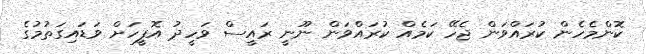
ކޮންމެހެން ކުރައްވަން ޖެހޭ ކަމެއް ކުރައްވަން ނޫނީ ރައީސް ވަހީދު އޮފީހަށް ވަޑައިގަތުމުގެ